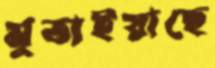
মুতাইয়াছে